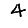
Digit: 4